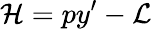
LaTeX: {\cal{H}}=py^{\prime}-{\cal{L}}